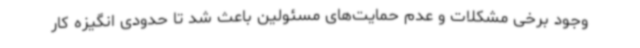
وجود برخی مشکلات و عدم حمایت‌های مسئولین باعث شد تا حدودی انگیزه کار